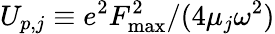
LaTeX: U_{p,j}\equiv{e^{2}F_{\mathrm{max}}^{2}}/{(4\mu_{j}\omega^{2})}